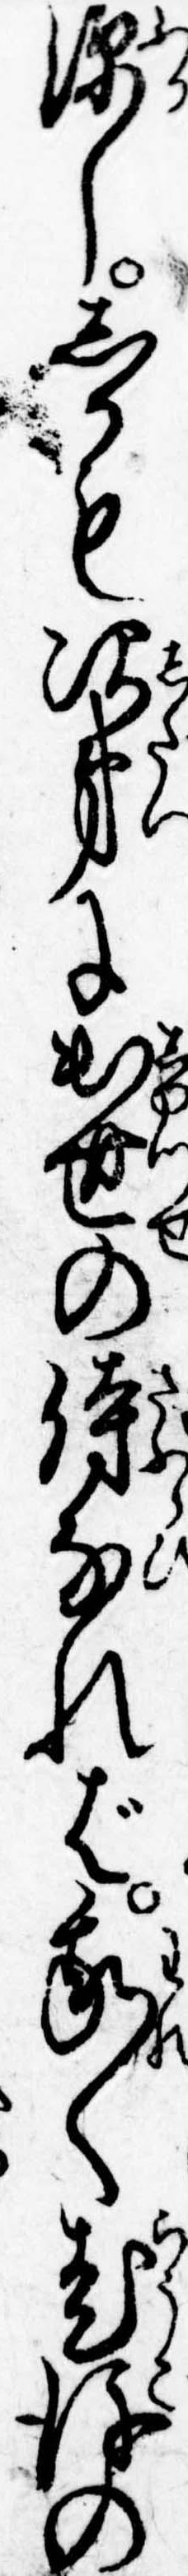
深ししかも次第に出世の侍なれば我〱老後の